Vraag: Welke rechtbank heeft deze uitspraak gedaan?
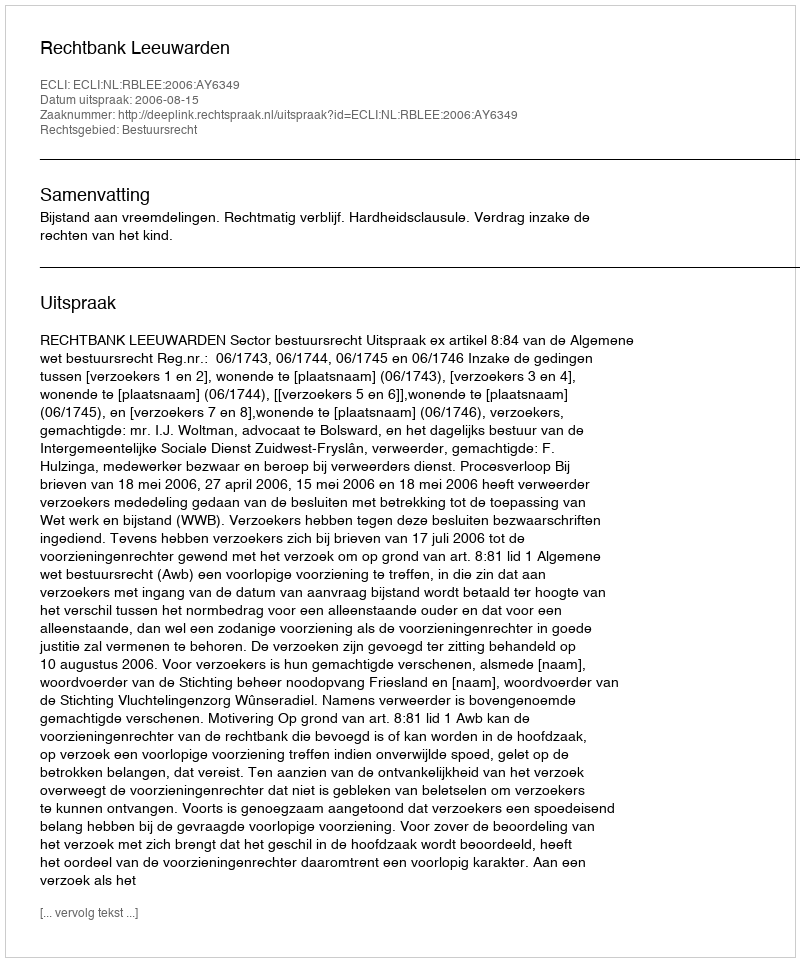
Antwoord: Rechtbank Leeuwarden